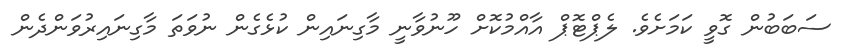
ސަބަބުން ގޮވީ ކަމަށެވެ. ލެޕްޓޮޕް އާއްމުކޮށް ހޫނުވާނީ މާގިނައިން ކުޅެގެން ނުވަތަ މާގިނައިރުވަންދެން